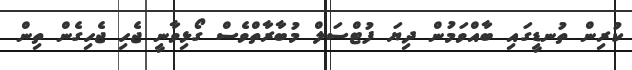
ކުރިން ތުނޑީގައި ބާއްވަމުން ދިޔަ ފުޓްސަލް މުބާރާތްވެސް ގޯޅިވާނީ ޖެހި ޖެހިގެން ތިން